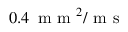
0 . 4 \, \mathrm { ~ m ~ m ~ } ^ { 2 } / \mathrm { ~ m ~ s ~ }